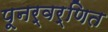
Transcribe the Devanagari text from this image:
पूनर्वर्णित